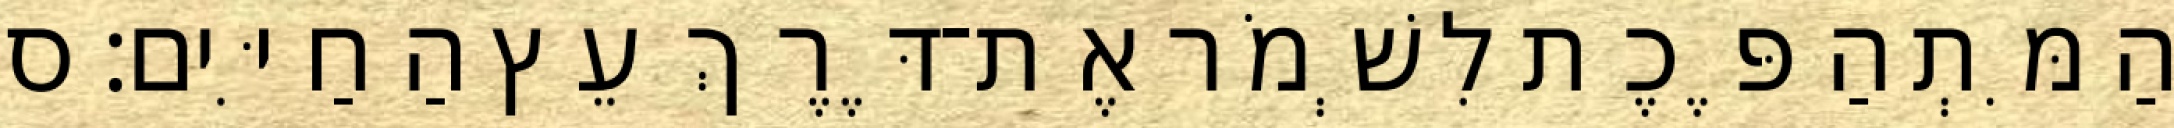
הַמִּתְהַפֶּכֶת לִשְׁמֹר אֶת־דֶּרֶךְ עֵץ הַחַיִּים׃ ס